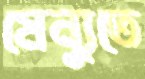
মেন্যুতে